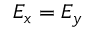
E _ { x } = E _ { y }